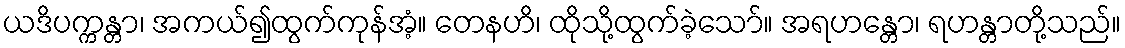
ယဒိပက္ကန္တာ၊ အကယ်၍ထွက်ကုန်အံ့။ တေနဟိ၊ ထိုသို့ထွက်ခဲ့သော်။ အရဟန္တော၊ ရဟန္တာတို့သည်။